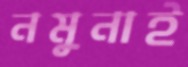
নমুনাই